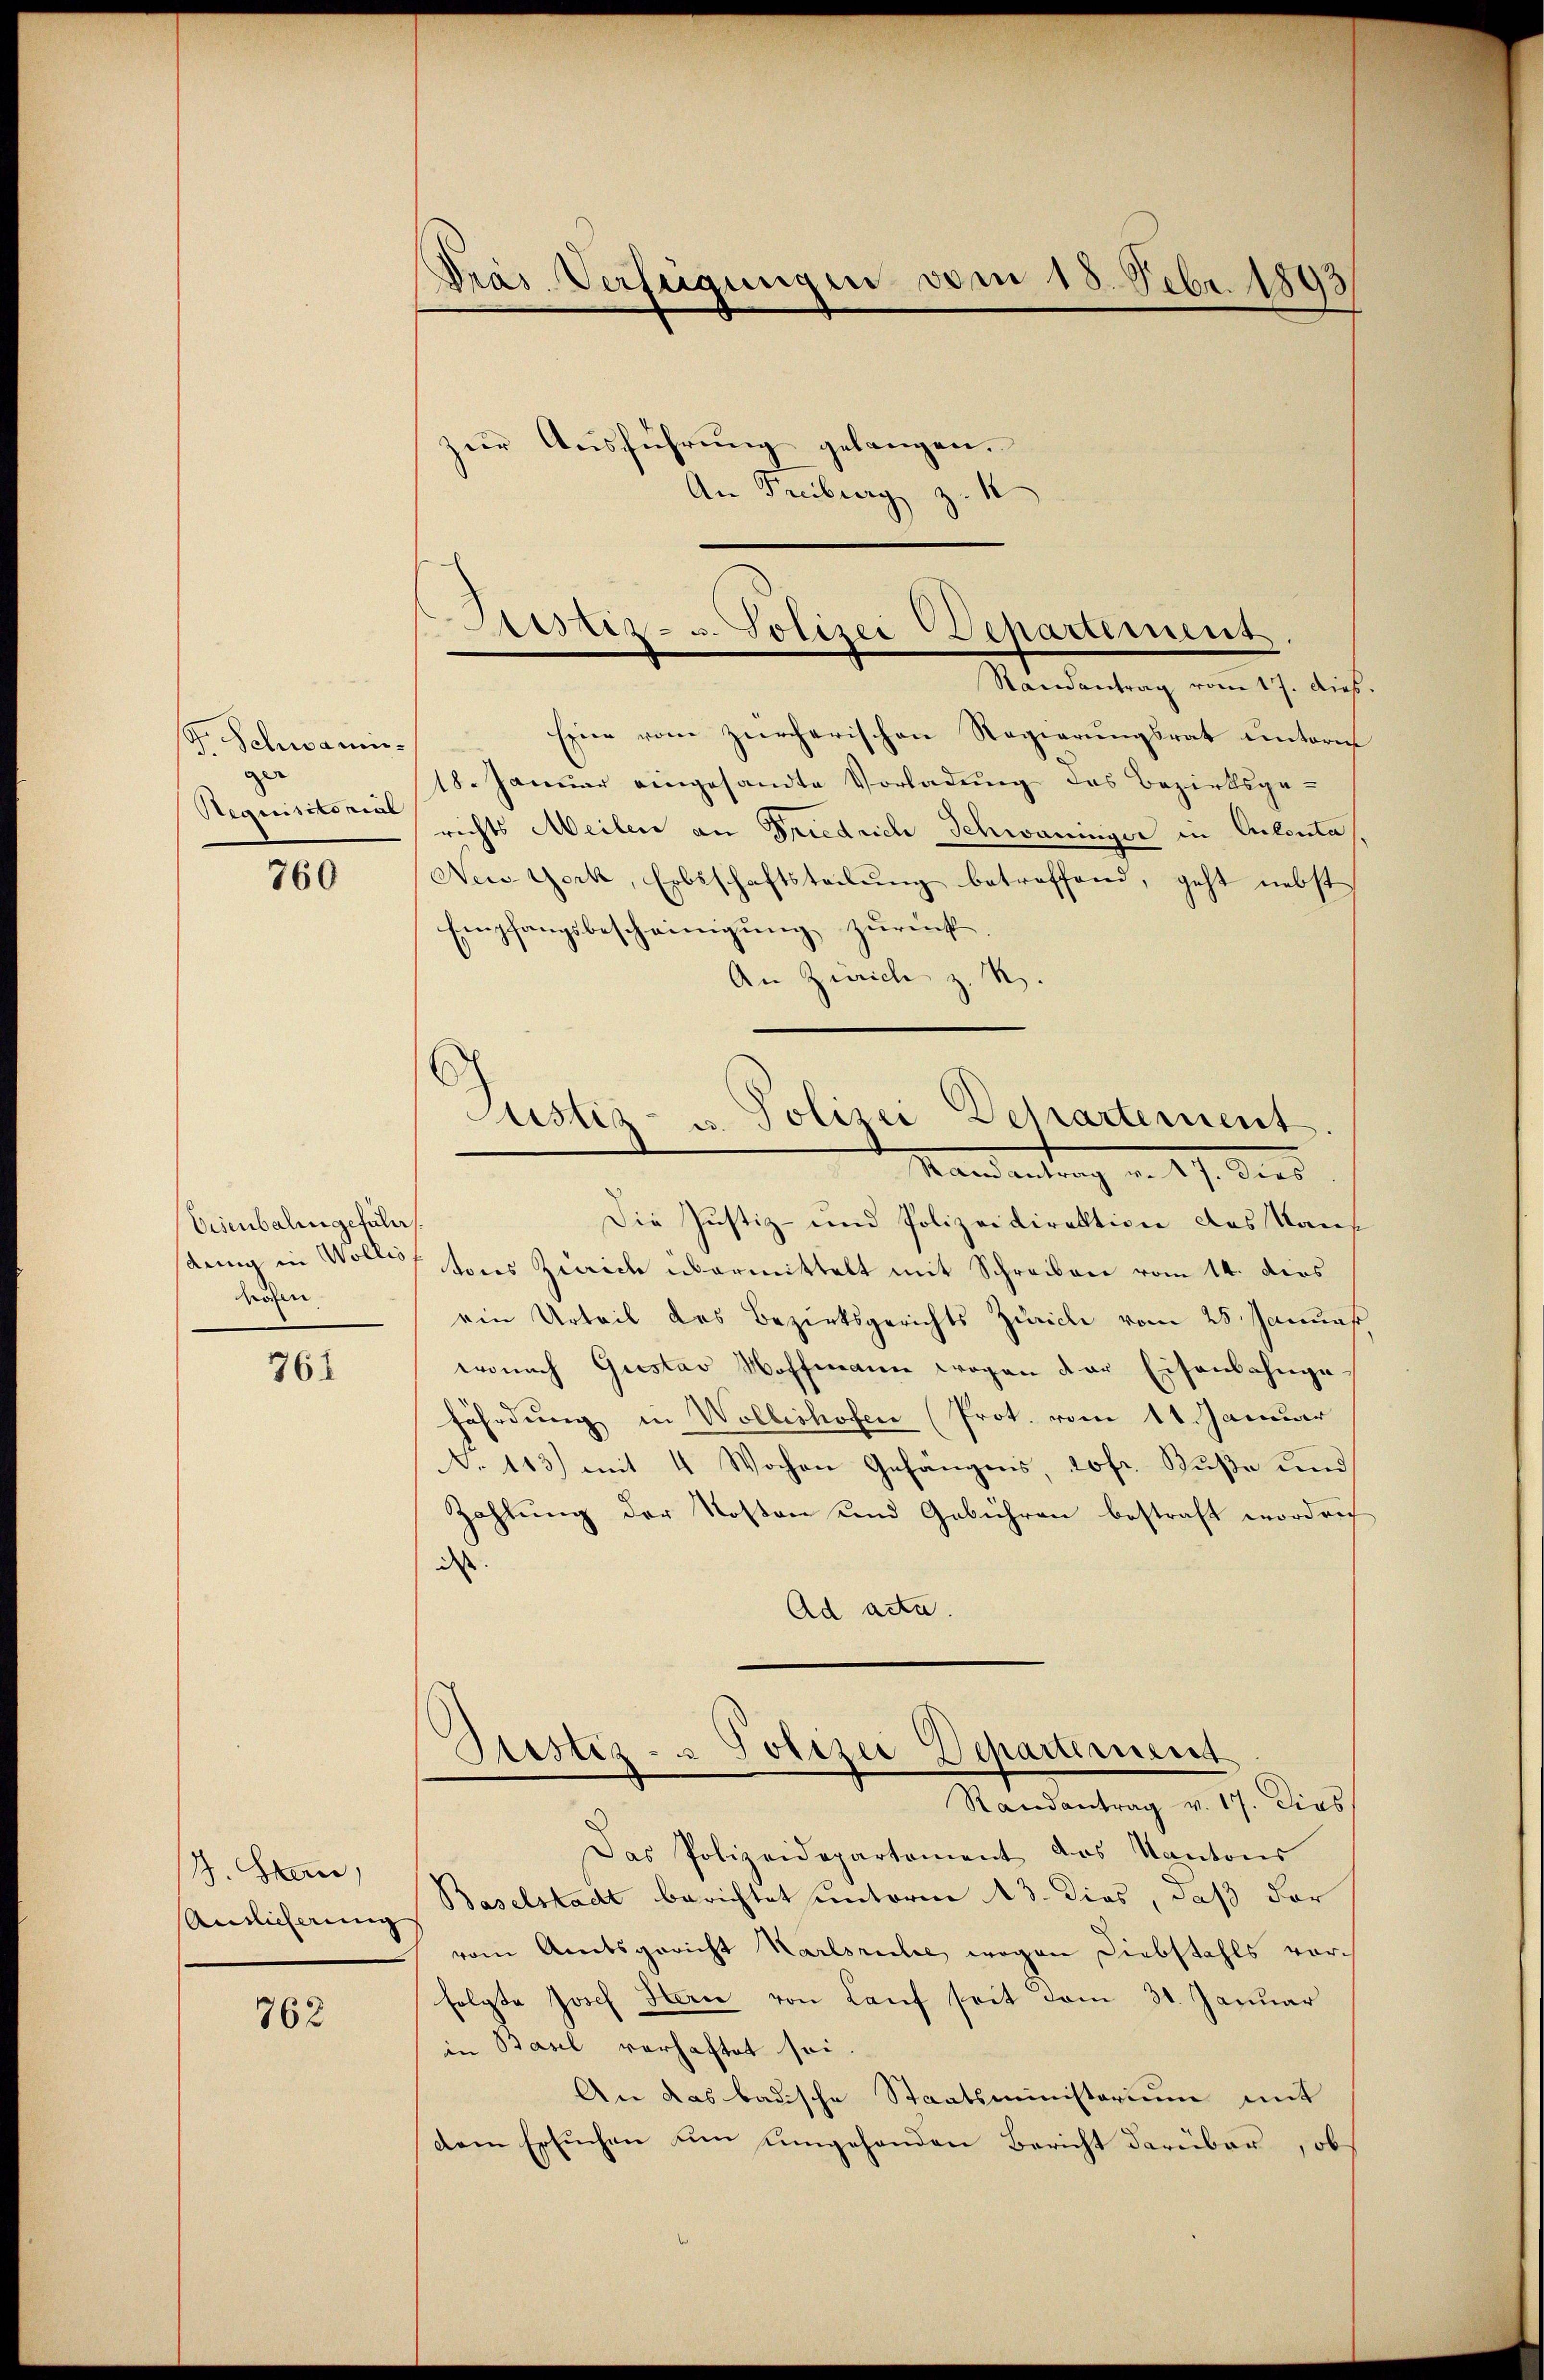
s
F. Schwammger
Requisitorial

760

Eisenbalingefüll
rohen

761

J. Stan
Anslicherung

763

Pras Verfügungen vom 15. Febr. 1893

zur Ausführung gelangen.
An Freiburg z. K

Bestiz- u. Polizei Departement.
Randantrag vom 17. dieß.

Eine vom zürcherischen Regierungsrat unterm
18. Januar eingesandte Vorladung des Bezirksgerichts Meilen an Friedrich Schwaninger in Colonta
New-York, Erbsschaftsteilung betreffend, geht nebst
Empfangsbescheinigung zurück.
An Zürich z. R.
Die Justiz- und Polizeidirektion des Kansnng in Volles tons Zürich übermittelt mit Schreiben vom 14. dies
ein Urteil des Bezirksgerichts Zürich vom 25. Januas
wonach Gustav Hoffmann wogen der Eisenbahngefährdung in Wollishofen (Prot. vom 11. Januar
No 143.) mit 4 Wochen Gefängnis, 20 fr. Buße und
Zahlung der Kosten und Gebühren bestraft worden
dass
Ad acta.
Zustiz- & Polizei Departement
Randantrag v. 17. Dies
Das Polizeidepartement das Kantons
Baselstadt berichtet unterm 13. dies, daß der
vom Amtsgericht Karlsruhe, wegen Diebstahls vorfolgte Josef Hern von Lauf seit dem 31. Januar
in Basel verhaftet sei.
An das badische Staatsministerium mit
dem Ersuchen um umgehenden Bericht darüber, obs

Justiz- u. Polizei Departement
Band entrag von 17. ders